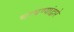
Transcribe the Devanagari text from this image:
चाचण्यांद्वारे